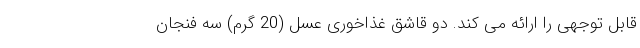
قابل توجهی را ارائه می کند. دو قاشق غذاخوری عسل (20 گرم) سه فنجان